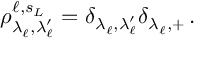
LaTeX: \rho _ { \lambda _ { \ell } ^ { \, } , \lambda _ { \ell } ^ { \prime } } ^ { \ell , s _ { L } } = \delta _ { \lambda _ { \ell } ^ { \, } , \lambda _ { \ell } ^ { \prime } } \delta _ { \lambda _ { \ell } ^ { \, } , + } \, .